画像に写った文字を読んでください
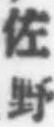
「佐野」と書いてあります